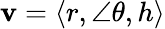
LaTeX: \mathbf{v}=\langle r,\angle\theta,h\rangle